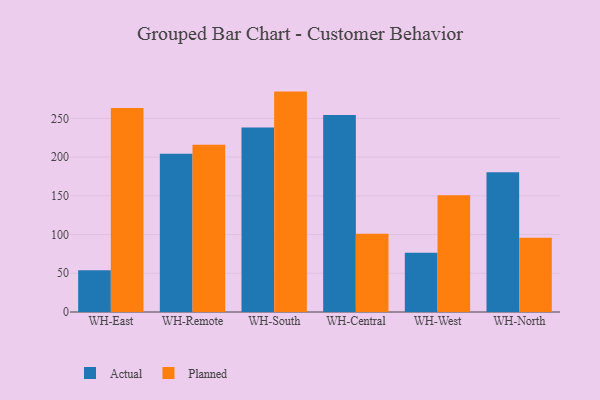
{"axis": {"x": "Warehouse", "y": "Operating Costs (USD K)"}, "legend": ["Actual", "Planned"], "data": [{"x": "WH-East", "y": 54.0, "type": "Actual"}, {"x": "WH-East", "y": 263.5, "type": "Planned"}, {"x": "WH-Remote", "y": 204.4, "type": "Actual"}, {"x": "WH-Remote", "y": 216.0, "type": "Planned"}, {"x": "WH-South", "y": 238.4, "type": "Actual"}, {"x": "WH-South", "y": 284.6, "type": "Planned"}, {"x": "WH-Central", "y": 254.5, "type": "Actual"}, {"x": "WH-Central", "y": 101.0, "type": "Planned"}, {"x": "WH-West", "y": 76.6, "type": "Actual"}, {"x": "WH-West", "y": 150.8, "type": "Planned"}, {"x": "WH-North", "y": 180.6, "type": "Actual"}, {"x": "WH-North", "y": 95.9, "type": "Planned"}]}